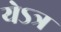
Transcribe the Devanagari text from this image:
येऽत्र